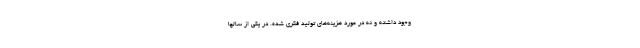
وجود داشته و نه در مورد هزینه‌های تولید فکری شده. در یکی از سالها